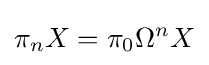
\pi _{n}X=\pi _{0}\Omega ^{n}X